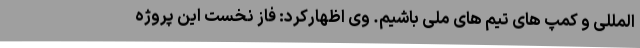
المللی و کمپ های تیم های ملی باشیم. وی اظهارکرد: فاز نخست این پروژه